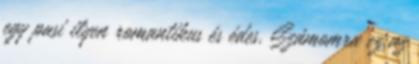
egy pasi ilyen romantikus és édes. Számomra ez az